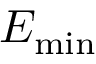
E _ { \mathrm { m i n } }